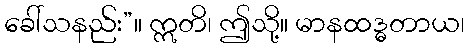
ခေါ်သနည်း”။ ဣတိ၊ ဤသို့။ မာနထဒ္ဓတာယ၊